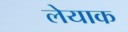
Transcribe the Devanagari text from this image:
लेयाक